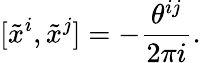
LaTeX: [\tilde{x}^{i},\tilde{x}^{j}]=-\frac{\theta^{ij}}{2\pi i}.